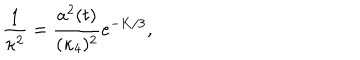
LaTeX: \frac { 1 } { \kappa ^ { 2 } } = \frac { a ^ { 2 } ( t ) } { ( \kappa _ { 4 } ) ^ { 2 } } e ^ { - K / 3 } ,